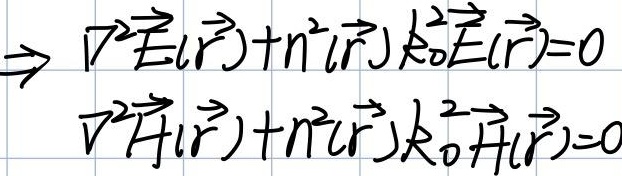
\(\Rightarrow \nabla^{2}\vec{E}(\vec{r}) + n^{2}(\vec{r})k_{0}^{2}\vec{E}(\vec{r}) = 0\)
\(\nabla^{2}\vec{H}(\vec{r})+n^{2}(\vec{r})k_{0}^{2}\vec{H}(\vec{r}) = 0\)